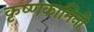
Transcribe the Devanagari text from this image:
कृष्णकामिनी